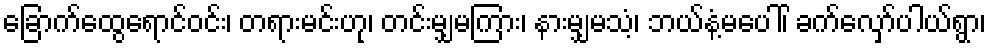
ခြောက်ထွေရောင်ဝင်း၊ တရားမင်းဟု၊ တင်းမျှမကြား၊ နားမျှမသံ့၊ ဘယ်နံ့မပေါ်၊ ခက်လှော်ပါယ်ရွာ၊